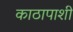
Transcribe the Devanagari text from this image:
काठापाशी